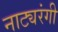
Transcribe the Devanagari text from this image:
नाट्यरंगी